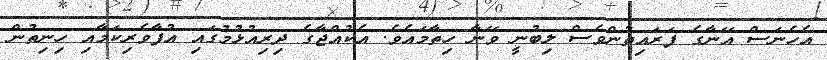
އެހެނަސް އޭނާގެ ފަރައިތުންވެސް ލިބުނީ ވޭނާ ހިތާމައެވެ. އެކުއްޖާގެ ދިރިއުޅުމުގައި އުފާވެރިކަމާއި ހިނިތުން